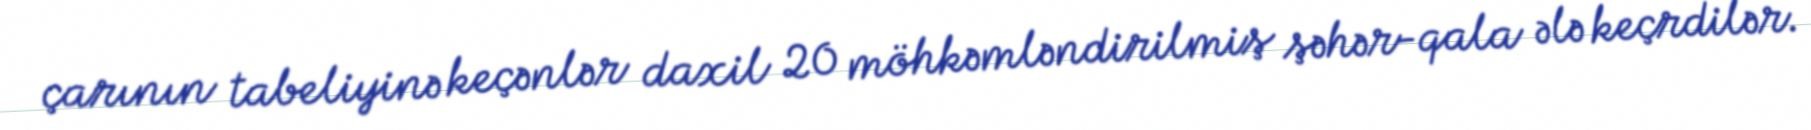
çarının tabeliyinə keçənlər daxil 20 möhkəmləndirilmiş şəhər-qala ələ keçrdilər.